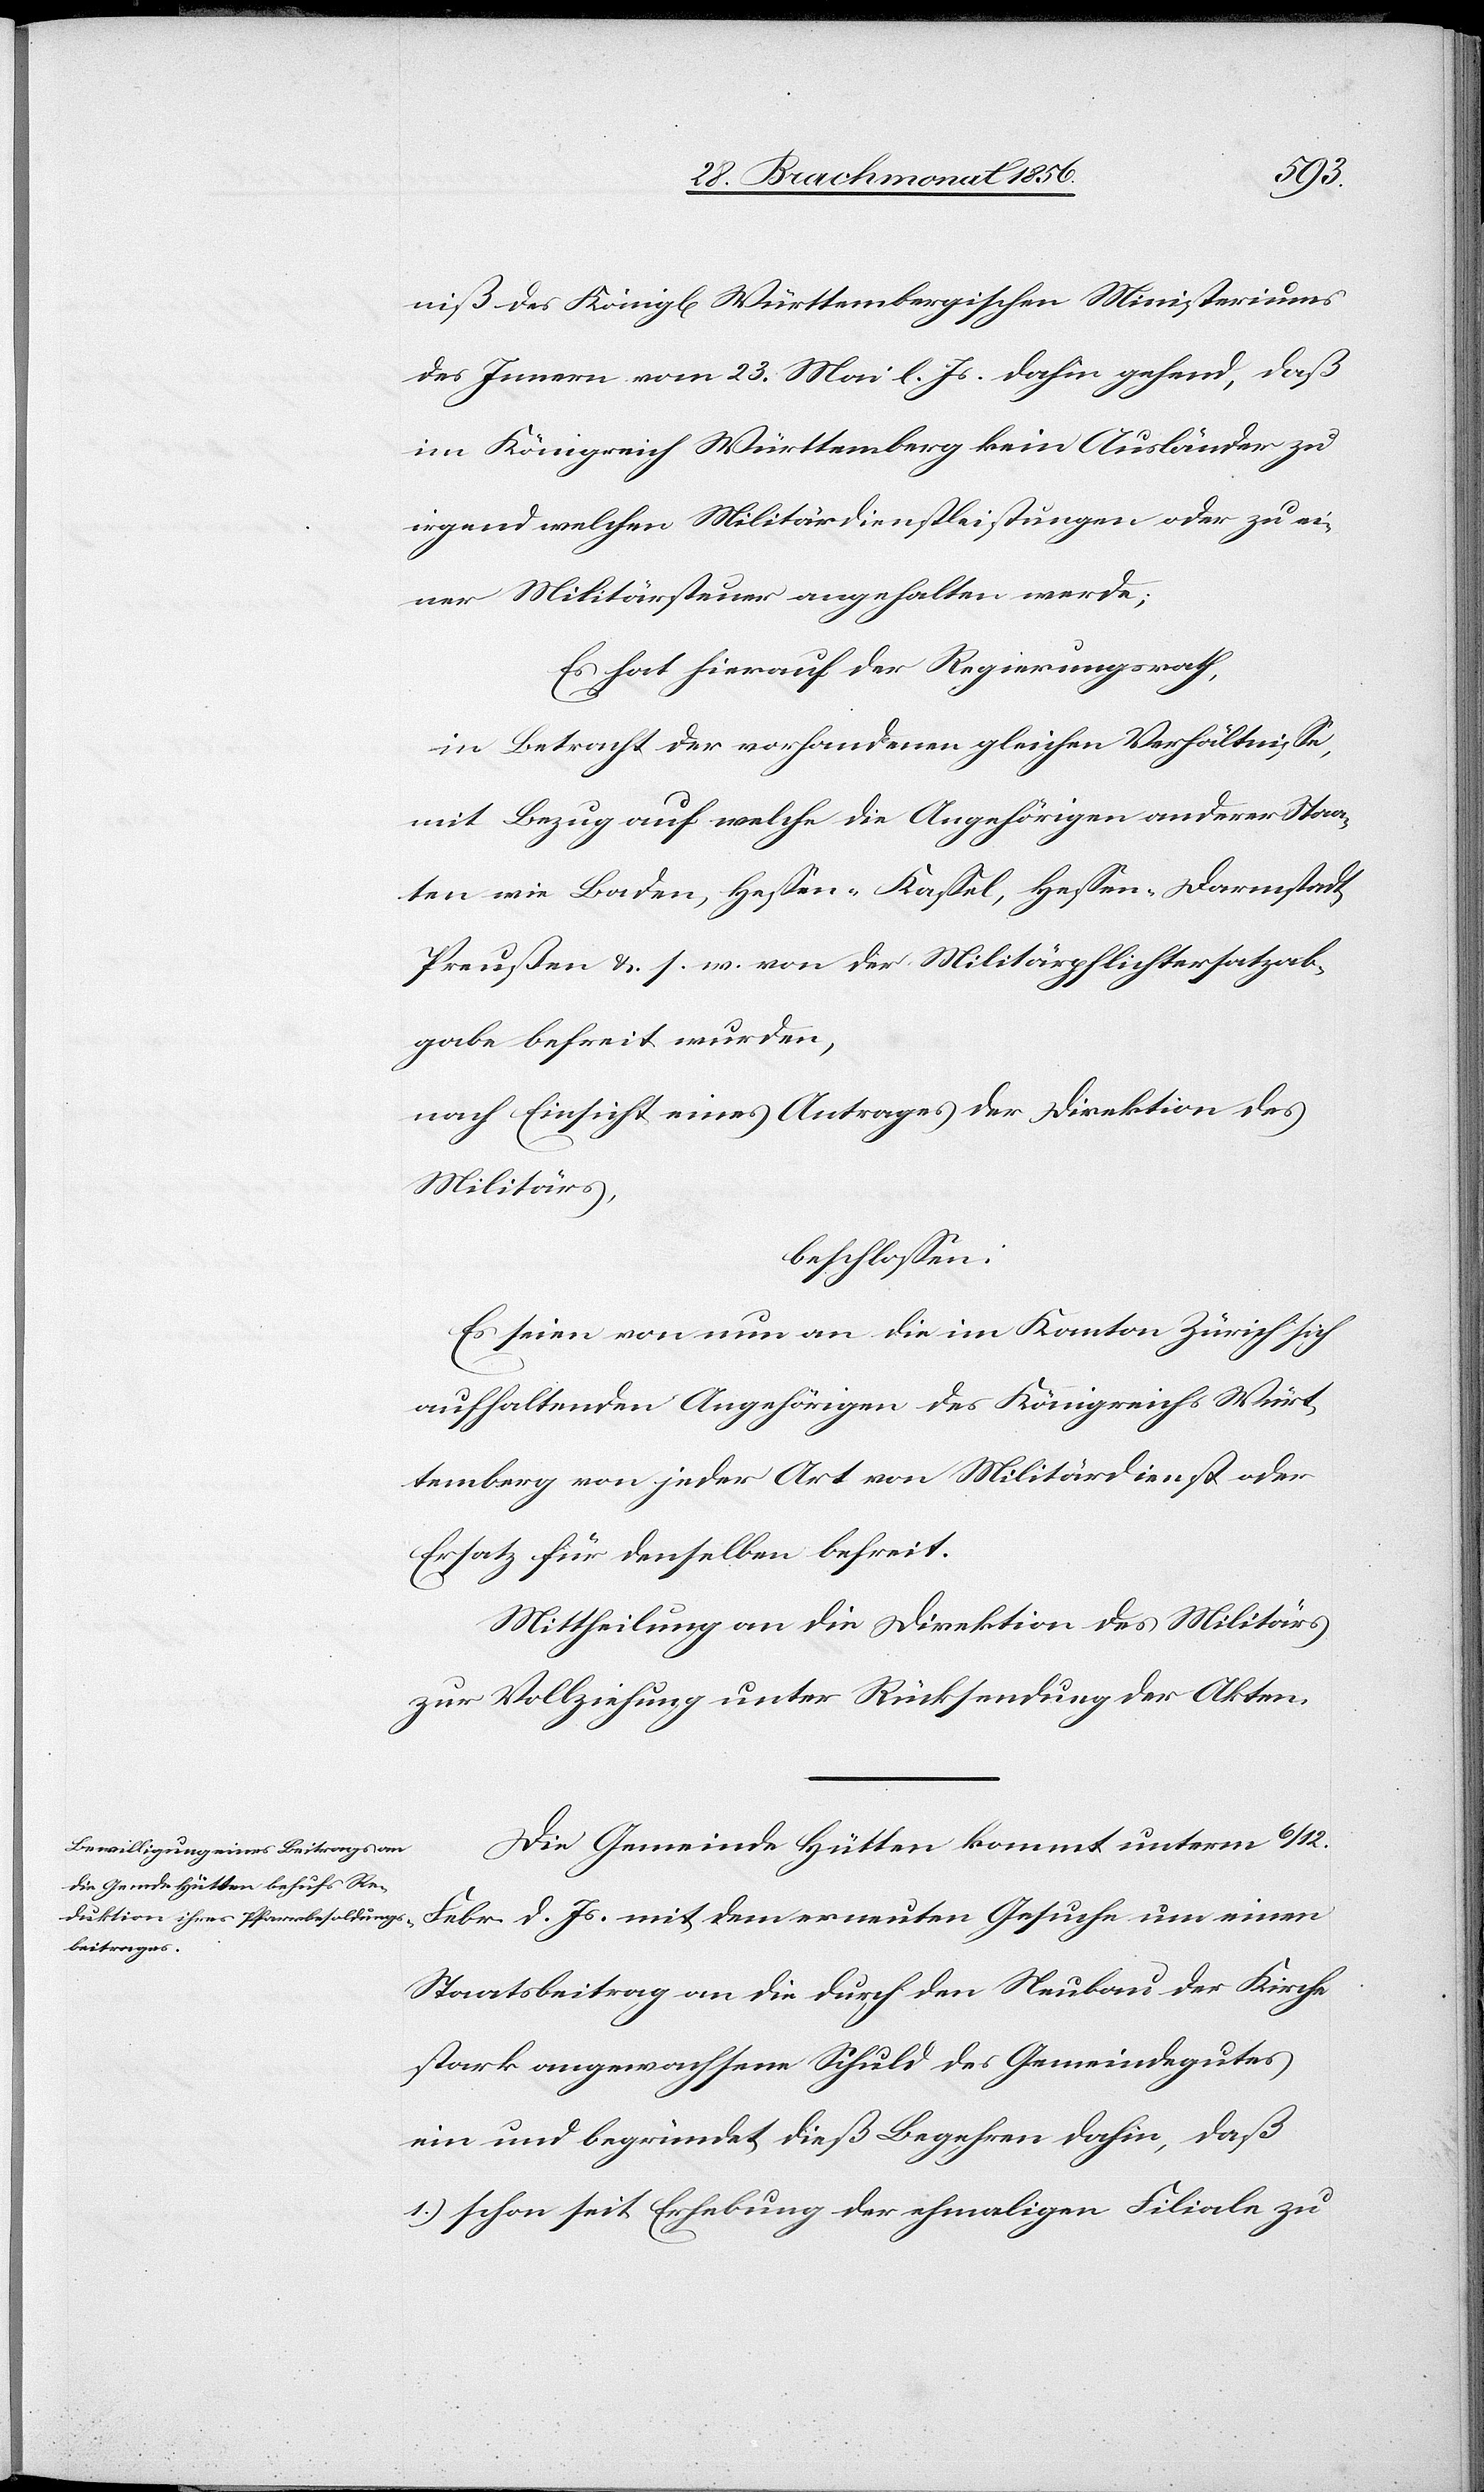
niß des Königl[ichen] Württembergischen Ministeriums
des Innern vom 23. Mai l. Js. dahin gehend, daß
im Königreich Württemberg kein Ausländer zu
irgendwelchen Militärdienstleistungen oder zu ei¬
ner Militärsteuer angehalten werde;
Es hat hierauf der Regierungsrath,
in Betracht der vorhandenen gleichen Verhältnisse,
mit Bezug auf welche die Angehörigen anderer Staa¬
ten wie Baden, Hessen-Kassel, Hessen-Darmstadt,
Preußen &. s. w. von der Militärpflichtersatzab¬
gabe befreit wurden,
nach Einsicht eines Antrages der Direktion des
Militärs,
beschlossen:
Es seien von nun an die im Kanton Zürich sich
aufhaltenden Angehörigen des Königreichs Würt¬
temberg von jeder Art von Militärdienst oder
Ersatz für denselben befreit.
Mittheilung an die Direktion des Militärs
zur Vollziehung unter Rücksendung der Akten.
Die Gemeinde Hütten kommt unterm 6/12.
Febr. d. Js. mit dem erneuten Gesuche um einen
Staatsbeitrag an die durch den Neubau der Kirche
stark angewachsene Schuld des Gemeindegutes
ein und begründet dieß Begehren dahin, daß
1.) schon seit Erhebung der ehmaligen Filiale zu